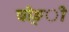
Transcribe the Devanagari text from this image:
घोङ्ी